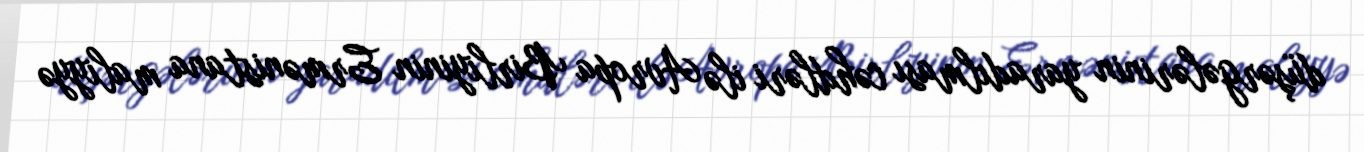
düşərgələrinin yaradılması cəhdləri ilə Avropa Birliyinin Ermənistana maliyyə